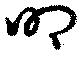
叩